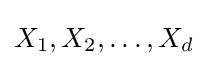
X_{1},X_{2},\dots ,X_{d}